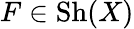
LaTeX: F\in{\mathrm{Sh}}(X)